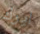
ايرك